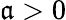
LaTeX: \mathfrak{a}>0